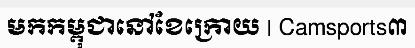
មកកម្ពុជានៅខែក្រោយ | Camsports៣